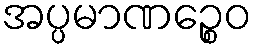
အပ္ပမာဏဉ္စေဝ